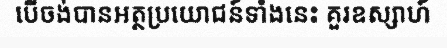
បើចង់បានអត្ថប្រយោជន៍ទាំងនេះ គួរឧស្សាហ៍